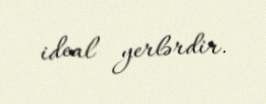
ideal yerlərdir.